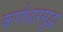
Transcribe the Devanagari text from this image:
कर्णधारसुद्धा